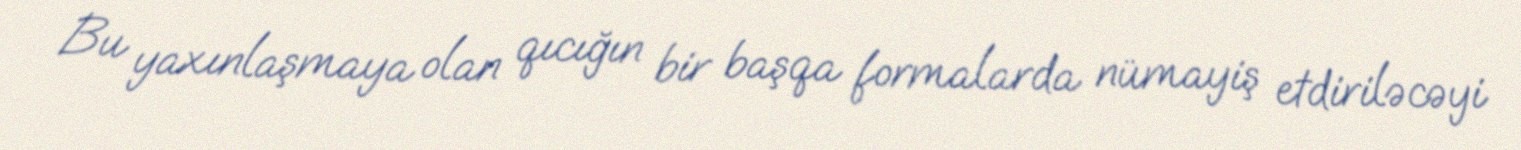
Bu yaxınlaşmaya olan qıcığın bir başqa formalarda nümayiş etdiriləcəyi